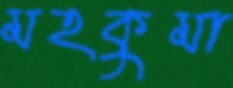
মহকুমা